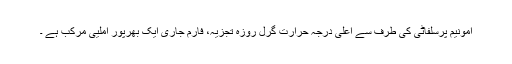
امونیم پرسلفاٹی کی طرف سے اعلی درجہ حرارت گرل روزہ تجزیہ، فارم جاری ایک بھرپور املیی مرکب ہے ۔